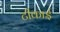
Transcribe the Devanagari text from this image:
टीकाई